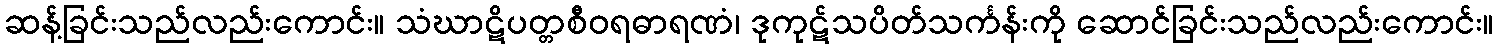
ဆန့်ခြင်းသည်လည်းကောင်း။ သံဃာဋိပတ္တစီဝရဓာရဏံ၊ ဒုကုဋ်သပိတ်သင်္ကန်းကို ဆောင်ခြင်းသည်လည်းကောင်း။